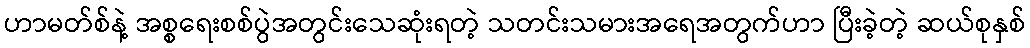
ဟာမတ်စ်နဲ့ အစ္စရေးစစ်ပွဲအတွင်းသေဆုံးရတဲ့ သတင်းသမားအရေအတွက်ဟာ ပြီးခဲ့တဲ့ ဆယ်စုနှစ်